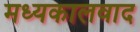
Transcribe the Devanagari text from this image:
मध्यकालवाद